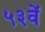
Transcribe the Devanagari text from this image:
५३वें